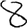
Digit: 8